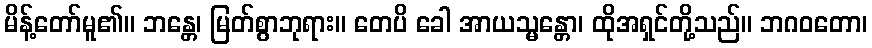
မိန့်တော်မူ၏။ ဘန္တေ၊ မြတ်စွာဘုရား။ တေပိ ခေါ အာယသ္မန္တော၊ ထိုအရှင်တို့သည်။ ဘဂဝတော၊